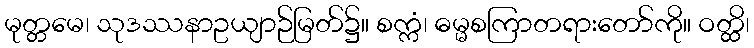
မုတ္တမေ၊ သုဒဿနာဥယျာဉ်မြတ်၌။ စက္ကံ၊ ဓမ္မစကြာတရားတော်ကို။ ဝတ္ထိ၊